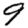
Digit: 9